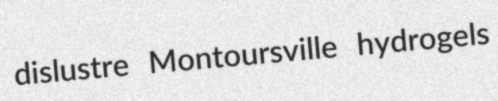
dislustre Montoursville hydrogels